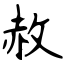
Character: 赦